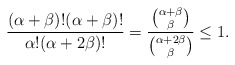
\begin{align*}\frac{(\alpha+\beta)!(\alpha+\beta)!}{\alpha!(\alpha+2\beta)!}=\frac{\binom{\alpha+\beta}{\beta}}{\binom{\alpha+2\beta}{\beta}}\leq 1.\end{align*}